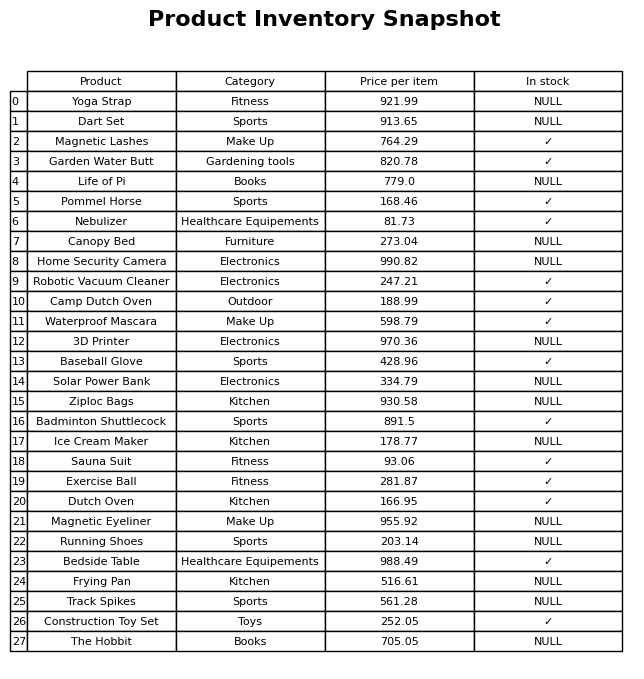
question: Which products are currently out of stock?
answer: Yoga Strap, Dart Set, Life of Pi, Canopy Bed, Home Security Camera, 3D Printer, Solar Power Bank, Ziploc Bags, Ice Cream Maker, Magnetic Eyeliner, Running Shoes, Frying Pan, Track Spikes, The Hobbit